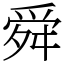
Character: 舜